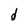
Character: d